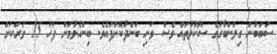
ސަބަބުން ގިލަންބާގުގެ ސްކޫލުތައް ވެސް ވަނި ބަންދުކޮށްފައެވެ. ބިންހެލުމަށް ފަހު 15 ވަރަކަށް